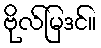
ဗိုလ်မြဒင်။